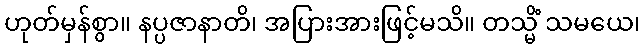
ဟုတ်မှန်စွာ။ နပ္ပဇာနာတိ၊ အပြားအားဖြင့်မသိ။ တသ္မိံ သမယေ၊